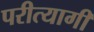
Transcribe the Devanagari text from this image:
परीत्यागी